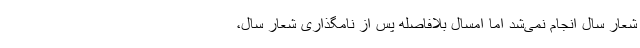
شعار سال انجام نمی‌شد اما امسال بلافاصله پس از نامگذاری شعار سال،